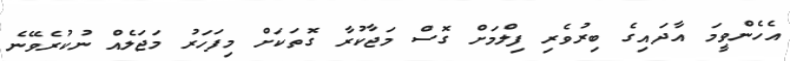
އެހެންވީމަ އާދައިގެ ބިރުވެރި ފިލްމަށް ގޮސް މަޖާކުރާ ގޮތަކަށް މިފަހަރު މަޖަލެއް ނުކުރެވޭނެ